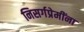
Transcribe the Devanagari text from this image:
निसर्गप्रेमींना